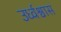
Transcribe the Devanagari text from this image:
उर्ध्वश्वास